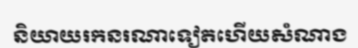
និយាយរកនរណាទៀតហើយសំណាង